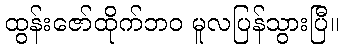
ထွန်းဇော်ထိုက်ဘဝ မူလပြန်သွားပြီ။